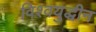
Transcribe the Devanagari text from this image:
विश्वयुद्धीन